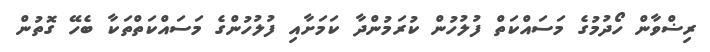
ރިޟްވާން ހޯދުމުގެ މަސައްކަތް ފުލުހުން ކުރަމުންދާ ކަމަށާއި ފުލުހުންގެ މަސައްކަތްތަކާ ބެހޭ ގޮތުން